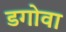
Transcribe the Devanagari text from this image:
डगोवा